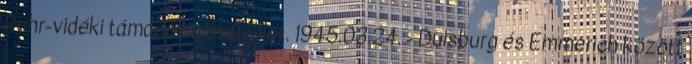
Ruhr-vidéki támadó hadmûvelet. 1945.03.24. - Duisburg és Emmerich között